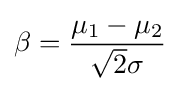
\beta ={\frac {\mu _{1}-\mu _{2}}{{\sqrt {2}}\sigma }}